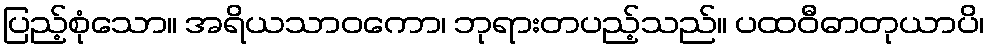
ပြည့်စုံသော။ အရိယသာဝကော၊ ဘုရားတပည့်သည်။ ပထဝီဓာတုယာပိ၊